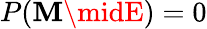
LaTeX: P(\mathbf{M}\midE)=0